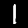
Label: 1